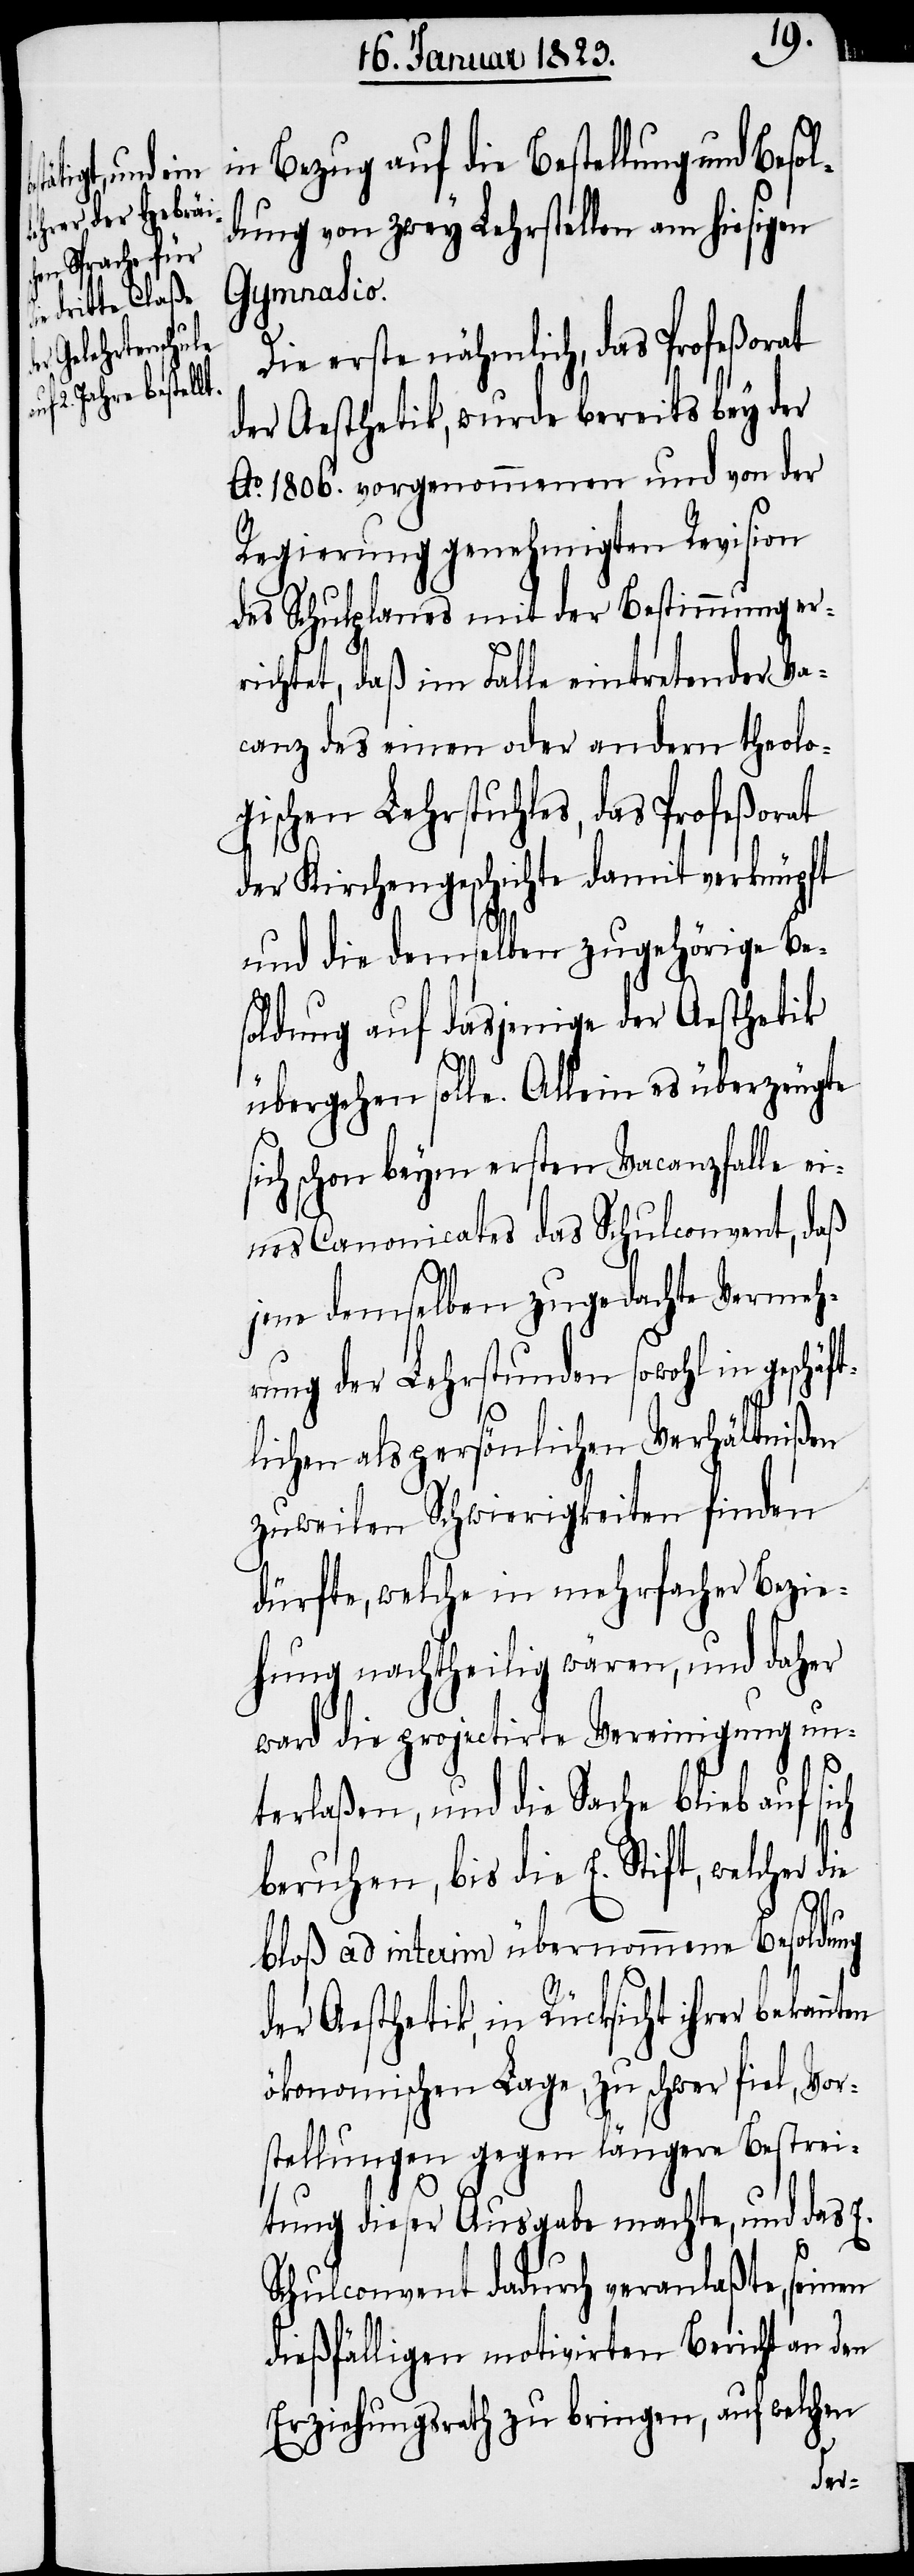
in Bezug auf die Bestellung und Beso¬
ldung von zwey Lehrstellen am hiesigen
Gymnasio.
Die erste nähmlich, das Profeßorat
der Aesthetik, wurde bereits bey der
Ao. 1806. vorgenommenen und von der
Regierung genehmigten Revision
des Schulplanes mit der Bestimmung er¬
richtet, daß im Falle eintretender Va¬
canz des einen oder andern theolo¬
gischen Lehrstuhles, das Profeßorat
der Kirchengeschichte damit verknüpft
und die demselben zugehörige Be¬
soldung auf dasjenige der Aesthetik
übergehen solle. Allein es überzeugte
ich schon beym ersten Vacanzfalle ei¬
nes Canonicates das Schulconvent, daß
jene demselben zugedachte Vermeh¬
rung der Lehrstunden sowohl in geschäft¬
lichen als persönlichen Verhältnißen
zuweilen Schwierigkeiten finden
dürfte, welche in mehrfacher Bezie¬
hung nachtheilig wären, und daher
ward die projectirte Vereinigung un¬
terlaßen, und die Sache blieb auf sich
beruhen, bis die E. Stift, welcher
bloß ad interim übernommene Besoldung
der Aesthetik, in Rücksicht ihrer bekann¬
ökonomischen Lage, zu schwer fiel, Vor¬
stellungen gegen längere Bestrei¬
tung dieser Ausgabe machte, und das
E.
Schulconvent dadurch veranlaßte, seinen
dießfälligen motivirten Bericht an den
Erziehungsrath zu bringen, auf welchen
ten